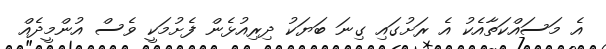
އެ މަސައްކަތާއެކު އެ ރަށުގައި ގިނަ ބަޔަކު ދިރިއުޅެން ފެށުމަކީ ވެސް އުންމީދެއް